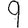
Digit: 9